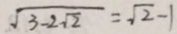
\sqrt { 3 - 2 \sqrt { 2 } } = \sqrt { 2 } - 1